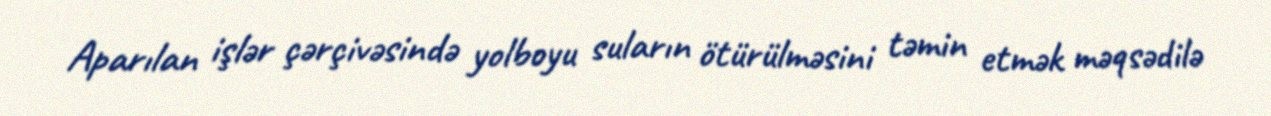
Aparılan işlər çərçivəsində yolboyu suların ötürülməsini təmin etmək məqsədilə